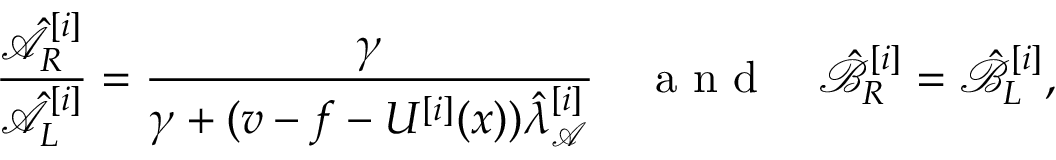
\frac { \hat { \mathcal { A } } _ { R } ^ { [ i ] } } { \hat { \mathcal { A } } _ { L } ^ { [ i ] } } = \frac { \gamma } { \gamma + ( v - f - U ^ { [ i ] } ( x ) ) \hat { \lambda } _ { \mathcal { A } } ^ { [ i ] } } \quad \mathrm { ~ a ~ n ~ d ~ } \quad \hat { \mathcal { B } } _ { R } ^ { [ i ] } = \hat { \mathcal { B } } _ { L } ^ { [ i ] } ,